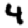
Digit: 4